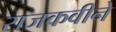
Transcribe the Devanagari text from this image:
राजकवीने